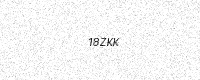
Text: 18ZKK